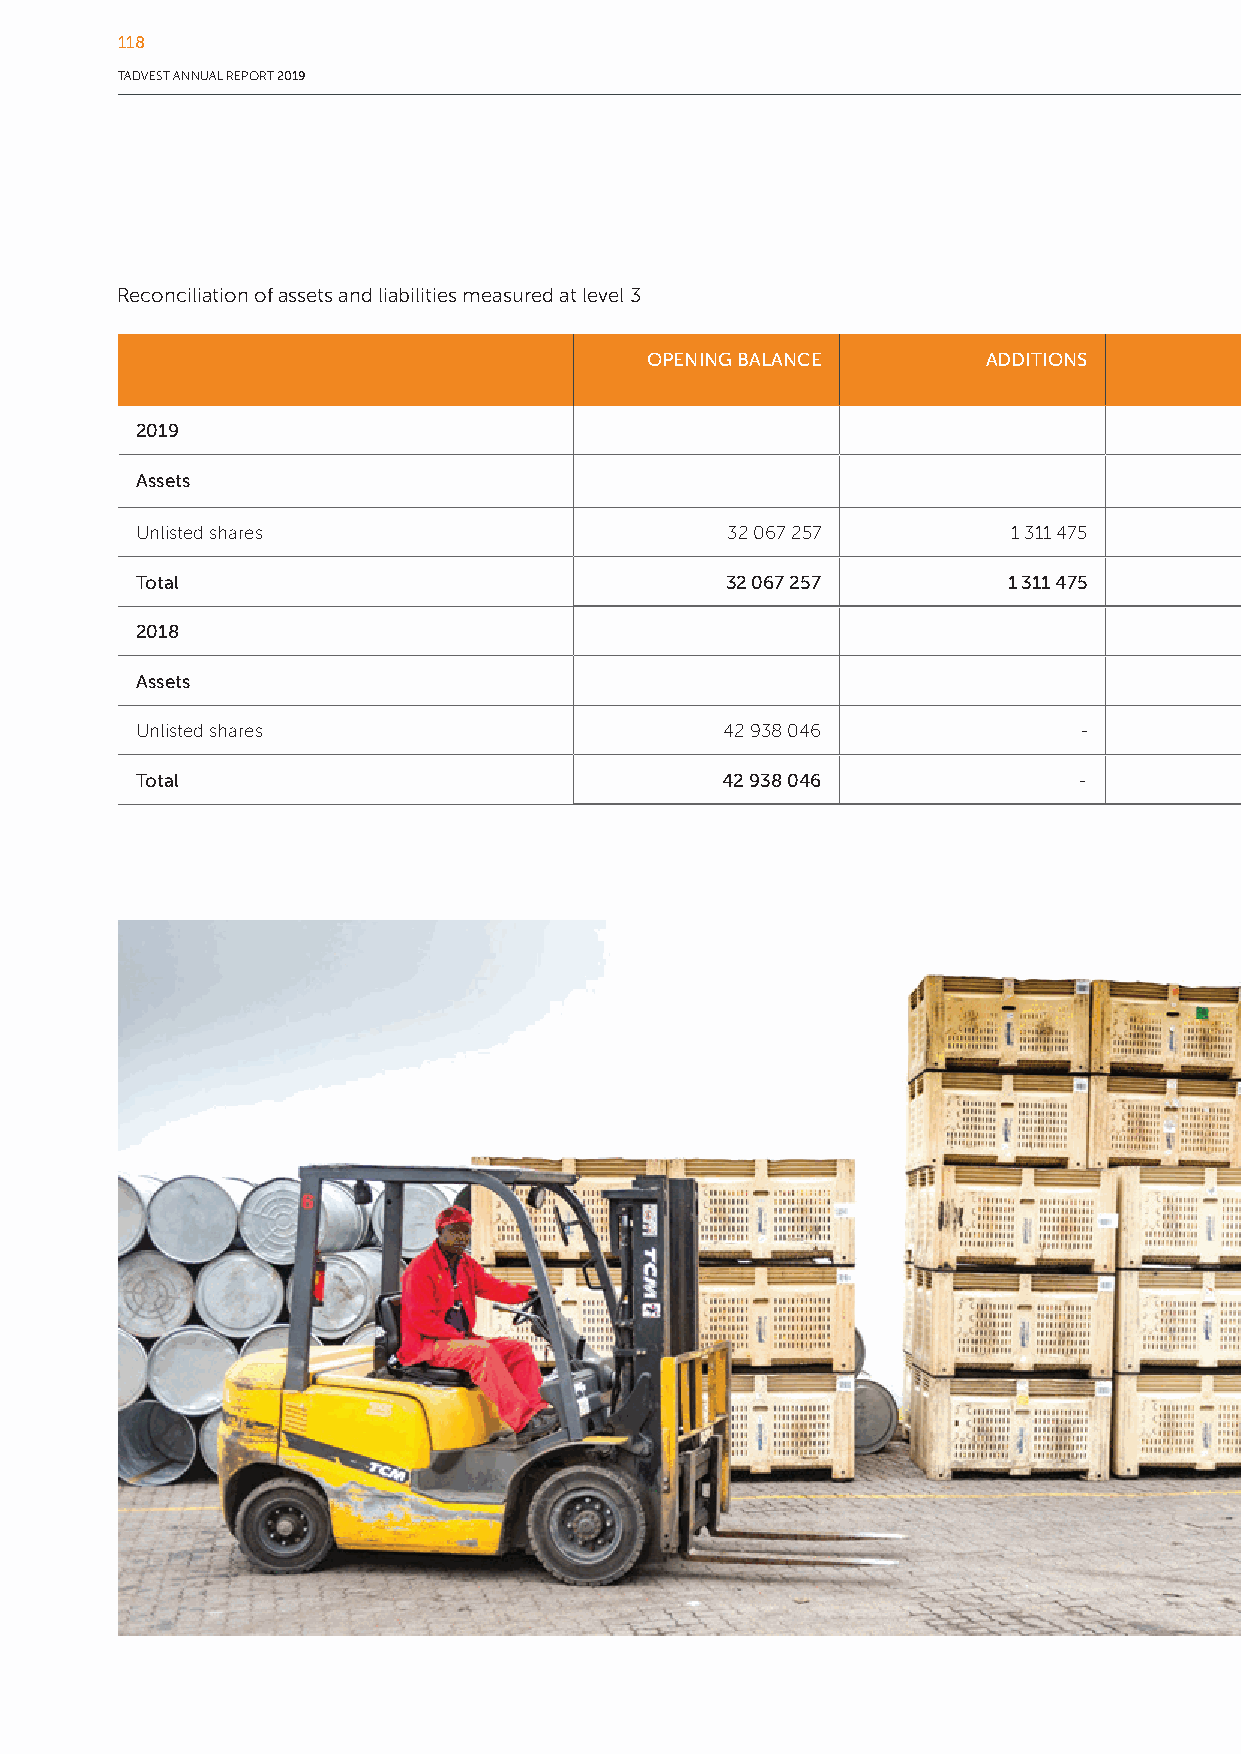
118
 TADVEST ANNUAL REPORT 2019
 Reconciliation of assets and liabilities measured at level 3
 OPENING BALANCE       ADDITIONS                        FAIR VALUE       DISPOSALS      TRANSFERS OUT   CLOSING BALANCE
 ADJUSTMENTS                           OF LEVEL 3
 2019
 Assets
 Unlisted shares                        32 067 257         1 311 475                       7 543 387       (1 422 542)       (8 489 842)       31 009 735
 Total                                  32 067 257         1 311 475                       7 543 387       (1 422 542)       (8 489 842)       31 009 735
 2018
 Assets
 Unlisted shares                        42 938 046             -                           1 774 219      (12 645 008)             -           32 067 257
 Total                                  42 938 046             -                           1 774 219      (12 645 008)             -           32 067 257